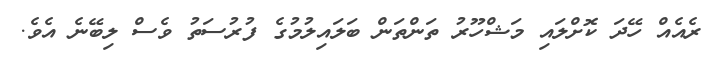
ރެއެއް ހޭދަ ކޮށްލައި މަޝްހޫރު ތަންތަން ބަލައިލުމުގެ ފުރުސަތު ވެސް ލިބޭނެ އެވެ.